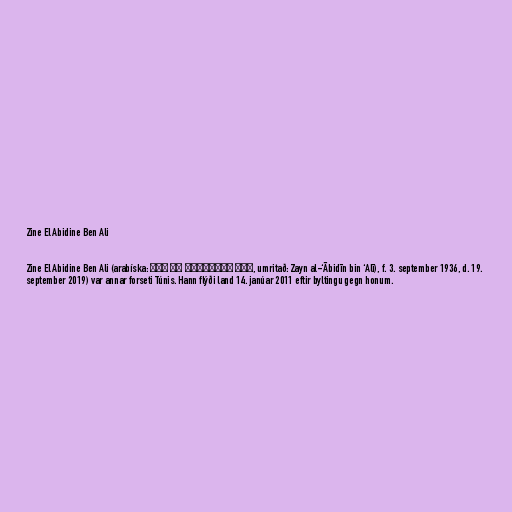
Zine El Abidine Ben Ali

Zine El Abidine Ben Ali (arabíska: زين العابدين بن علي,‎ umritað: Zayn al-‘Ābidīn bin ‘Alī), f. 3. september 1936, d. 19.
september 2019) var annar forseti Túnis. Hann flýði land 14. janúar 2011 eftir byltingu gegn honum.